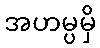
အဟမ္ပမှိ